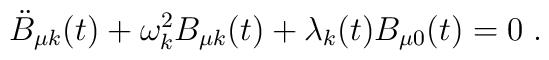
\ddot{B}_{\mu k}(t)+\omega_k^2B_{\mu k}(t)+\lambda_k(t)B_{\mu 0}(t)=0\;.